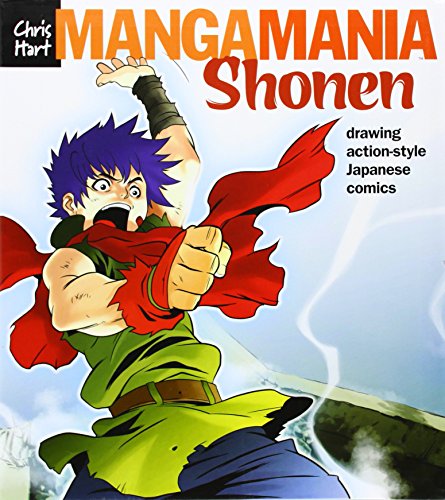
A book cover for Manga ManiaEE¢: Shonen: Drawing Action-Style Japanese Comics; Christopher Hart; Teen & Young Adult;